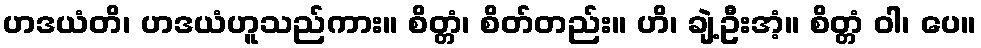
ဟဒယံတိ၊ ဟဒယံဟူသည်ကား။ စိတ္တံ၊ စိတ်တည်း။ ဟိ၊ ချဲ့ဦးအံ့။ စိတ္တံ ဝါ၊ ပေ။